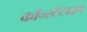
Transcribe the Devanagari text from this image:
कॉन्स्टेटाइन